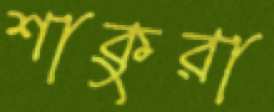
শাকুরা